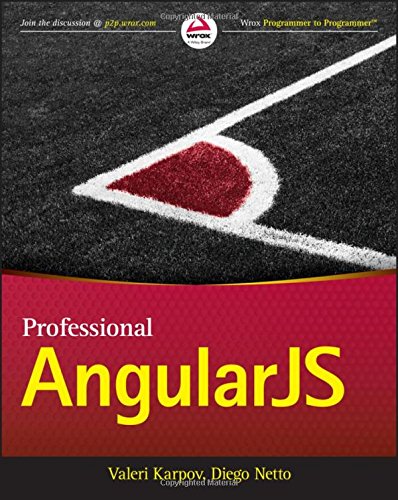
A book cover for Professional AngularJS; Valeri Karpov; Computers & Technology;